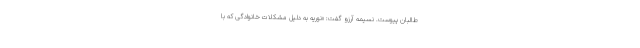
طالبان پیوست. نسیمه آرزو گفت: «نوریه به دلیل مشکلات خانوادگی که با